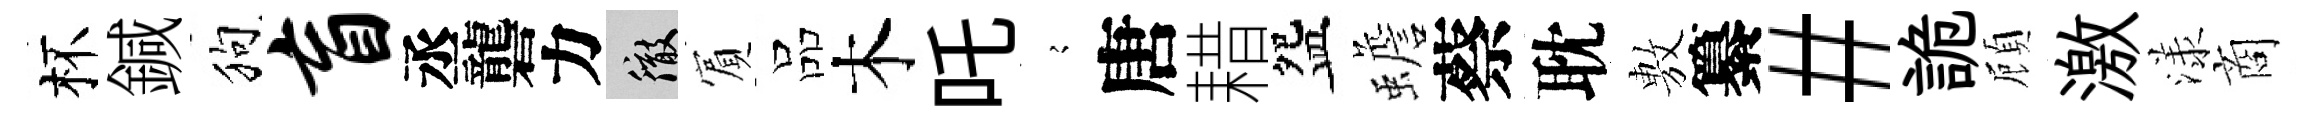
杯鍼狗盲丞礱力徹賔品木吒𡪹唐耤盌蟾蔡耽𢾾纂#詭頋激漾商